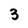
Character: 3